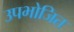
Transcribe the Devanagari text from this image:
उपभोजित